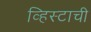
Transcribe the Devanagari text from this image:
व्हिस्टाची